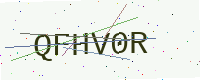
Text: QFHV0R